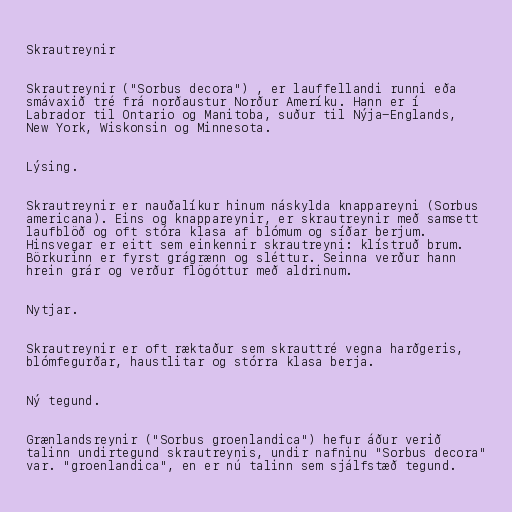
Skrautreynir

Skrautreynir ("Sorbus decora") , er lauffellandi runni eða
smávaxið tré frá norðaustur Norður Ameríku. Hann er í
Labrador til Ontario og Manitoba, suður til Nýja-Englands,
New York, Wiskonsin og Minnesota.

Lýsing.

Skrautreynir er nauðalíkur hinum náskylda knappareyni (Sorbus
americana). Eins og knappareynir, er skrautreynir með samsett
laufblöð og oft stóra klasa af blómum og síðar berjum.
Hinsvegar er eitt sem einkennir skrautreyni: klístruð brum.
Börkurinn er fyrst grágrænn og sléttur. Seinna verður hann
hrein grár og verður flögóttur með aldrinum.

Nytjar.

Skrautreynir er oft ræktaður sem skrauttré vegna harðgeris,
blómfegurðar, haustlitar og stórra klasa berja.

Ný tegund.

Grænlandsreynir ("Sorbus groenlandica") hefur áður verið
talinn undirtegund skrautreynis, undir nafninu "Sorbus decora"
var. "groenlandica", en er nú talinn sem sjálfstæð tegund.